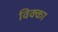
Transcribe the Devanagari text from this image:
विक्का